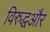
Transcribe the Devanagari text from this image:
विरुद्धऔर